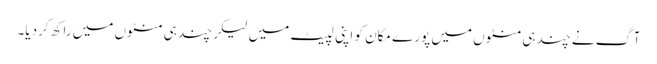
آگ نے چند ہی منٹوں میں پورے مکان کو اپنی لپیٹ میں لیکر چند ہی منٹوں میں راکھ کردیا۔